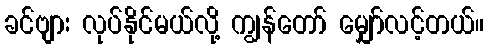
ခင်ဗျား လုပ်နိုင်မယ်လို့ ကျွန်တော် မျှော်လင့်တယ်။